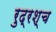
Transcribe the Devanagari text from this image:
रुद्रश्च